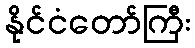
နိုင်ငံတော်ကြီး